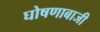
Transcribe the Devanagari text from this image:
घोषणाबाजी